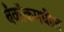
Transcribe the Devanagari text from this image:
बँकॉकमधील